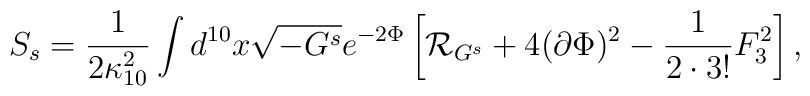
S_s={1\over{2\kappa^2_{10}}}\int d^{10}x\sqrt{-G^s}e^{-2\Phi}\left[{\cal R}_{G^s}+4(\partial\Phi)^2-{1\over{2\cdot 3!}}F^2_3\right],